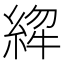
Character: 𱹸